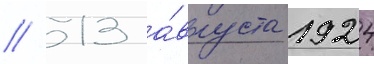
// 13 а́вгуста 1924